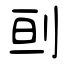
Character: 刯